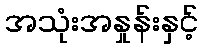
အသုံးအနှုန်းနှင့်